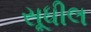
સૂધીલ